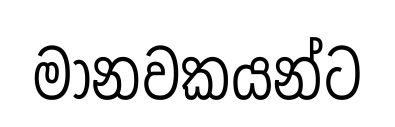
මානවකයන්ට